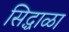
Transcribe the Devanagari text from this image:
सिद्धाळा